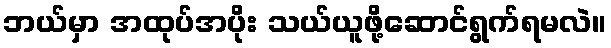
ဘယ်မှာ အထုပ်အပိုး သယ်ယူဖို့ဆောင်ရွက်ရမလဲ။